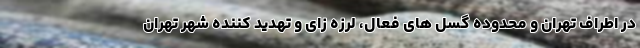
در اطراف تهران و محدوده گسل های فعال، لرزه زای و تهدید کننده شهر تهران